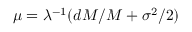
\mu = \lambda ^ { - 1 } ( d M / M + \sigma ^ { 2 } / 2 )